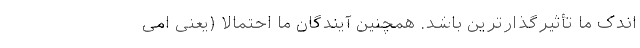
اندک ما تأثیر‌گذارترین باشد. همچنین آیندگان ما احتمالاً (یعنی امی